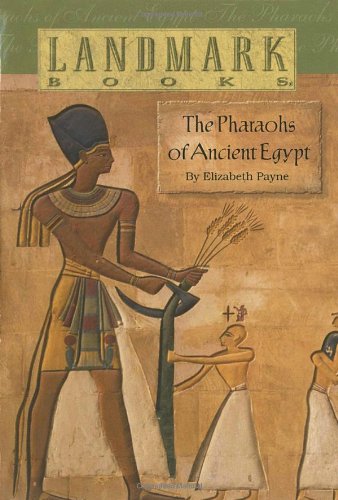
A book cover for The Pharaohs of Ancient Egypt (Landmark Books); Elizabeth Payne; Children's Books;